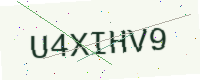
Text: U4XIHV9